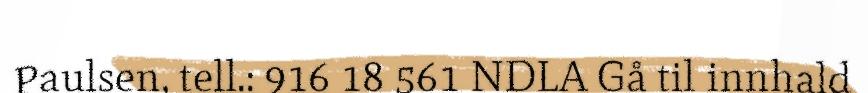
Paulsen, tell.: 916 18 561 NDLA Gå til innhald